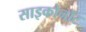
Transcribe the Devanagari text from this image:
साइकोनॉट